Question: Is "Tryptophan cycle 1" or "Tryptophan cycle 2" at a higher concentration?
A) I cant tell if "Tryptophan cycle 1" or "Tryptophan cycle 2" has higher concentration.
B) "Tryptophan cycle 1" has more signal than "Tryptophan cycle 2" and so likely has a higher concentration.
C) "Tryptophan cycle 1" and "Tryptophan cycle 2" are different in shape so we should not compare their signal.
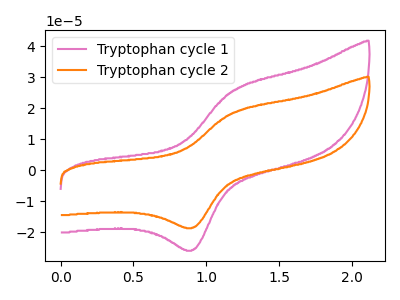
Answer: <think>The pink curve "Tryptophan cycle 1" has an anodic peak at (1.20V, 25.75uA) and a cathodic peak at (0.90V, -25.80uA). The orange curve "Tryptophan cycle 2" has an anodic peak at (1.20V, 18.55uA) and a cathodic peak at (0.90V, -18.60uA).
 All the peaks in "Tryptophan cycle 1" have a peak in "Tryptophan cycle 2" at the same potential. Every peak in "Tryptophan cycle 1" is higher than every peak in "Tryptophan cycle 2".</think>
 <answer>B) "Tryptophan cycle 1" has more signal than "Tryptophan cycle 2" and so likely has a higher concentration.</answer>
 <eval>B</eval>